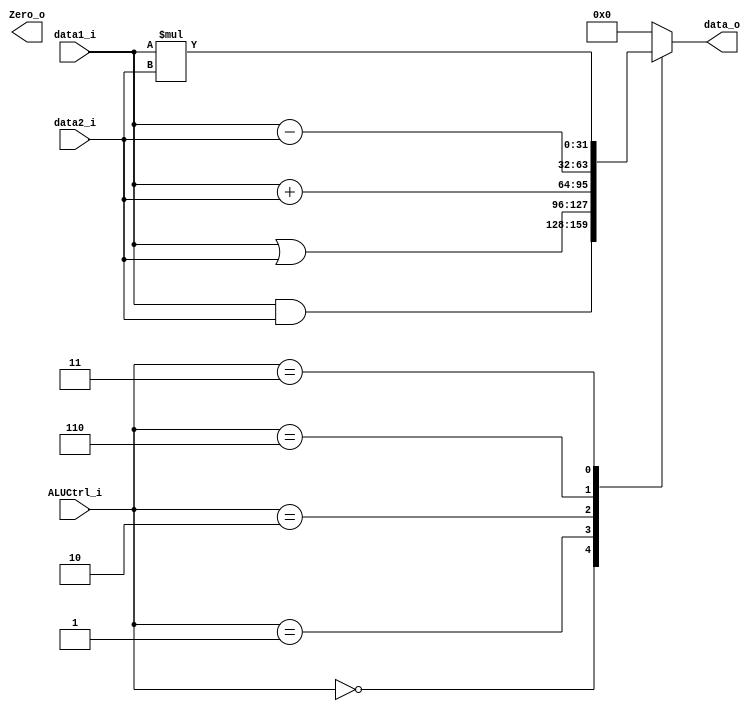
module ALU
(
	data1_i  ,
	data2_i  ,
	ALUCtrl_i,
	data_o   ,
	Zero_o   
);

input	[31:0]	data1_i,data2_i;
input	[2:0]	ALUCtrl_i;
output	[31:0]	data_o;
output	Zero_o;
reg		[31:0]	rst;

always@(*)begin
	case(ALUCtrl_i)
		3'b000:rst=data1_i & data2_i;
		3'b001:rst=data1_i | data2_i;
		3'b010:rst=data1_i + data2_i;
		3'b110:rst=data1_i - data2_i;
		3'b011:rst=data1_i * data2_i;
		default:rst=32'd0;
	endcase
end

assign data_o=rst;
assign Zero=(rst==32'd0);
endmodule